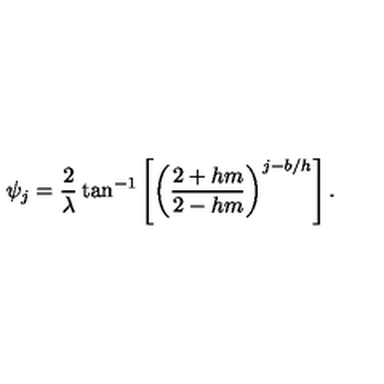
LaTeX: \psi _ { j } = \frac { 2 } { \lambda } \tan ^ { - 1 } \left[ \left( \frac { 2 + h m } { 2 - h m } \right) ^ { j - b / h } \right] .